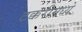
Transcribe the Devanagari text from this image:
टक्करीमध्ये